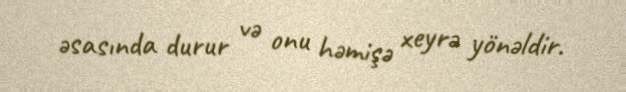
əsasında durur və onu həmişə xeyrə yönəldir.